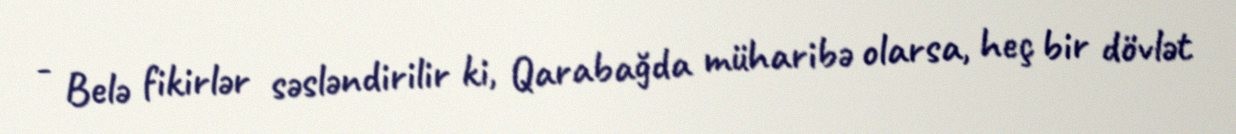
- Belə fikirlər səsləndirilir ki, Qarabağda müharibə olarsa, heç bir dövlət